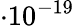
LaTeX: \cdot 10^{-19}